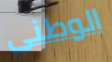
الوطنى